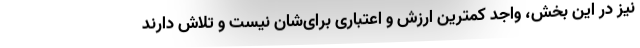
نیز در این بخش، واجد کمترین ارزش و اعتباری برای‌شان نیست و تلاش دارند